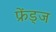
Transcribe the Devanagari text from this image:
फ्रेंड्ज